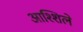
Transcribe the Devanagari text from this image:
आश्शिले